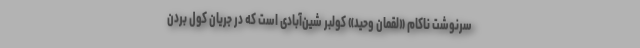
سرنوشت ناکامِ «لقمان وحید» کولبر شین‌آبادی است که در جریان کول بردن